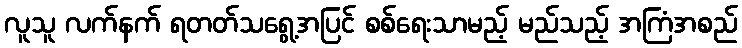
လူသူ လက်နက် ရတတ်သရွေ့အပြင် စစ်ရေးသာမည့် မည်သည့် အကြံအစည်